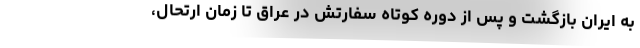
به ایران بازگشت و پس از دوره کوتاه سفارتش در عراق تا زمان ارتحال،